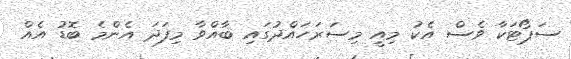
ސަޕޯޓަކާ ވެސް އެކު މިއީ މިސަރަހައްދުގައި ބާއްވާ މިފަދަ އެންމެ ބޮޑު އެއް